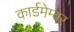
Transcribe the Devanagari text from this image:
कार्डमेम्बर